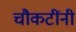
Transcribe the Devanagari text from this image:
चौकटींनी